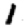
Digit: 1